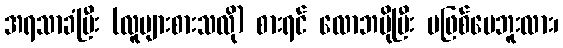
အရသာခံပြီး (လူများစားသလို) စားရင် လောဘပိုပြီး မဖြစ်ပေဘူးလား၊